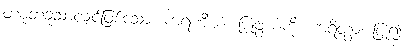
တစုံတခုသာလျှင်ဖြစ်သော။ ကရဏီယံ၊ ပြုဖွယ်ကို။ ကရိတွာ၊ ပြု၍။